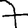
Digit: 7